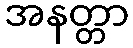
အနတ္တာ